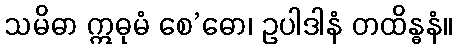
သမိဓာ ဣဓုမံ စေ’ဓော၊ ဥပါဒါနံ တထိန္ဓနံ။